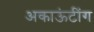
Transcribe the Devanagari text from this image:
अकाऊंटींग